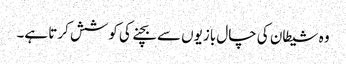
وہ شیطان کی چال بازیوں سے بچنے کی کوشش کرتا ہے۔